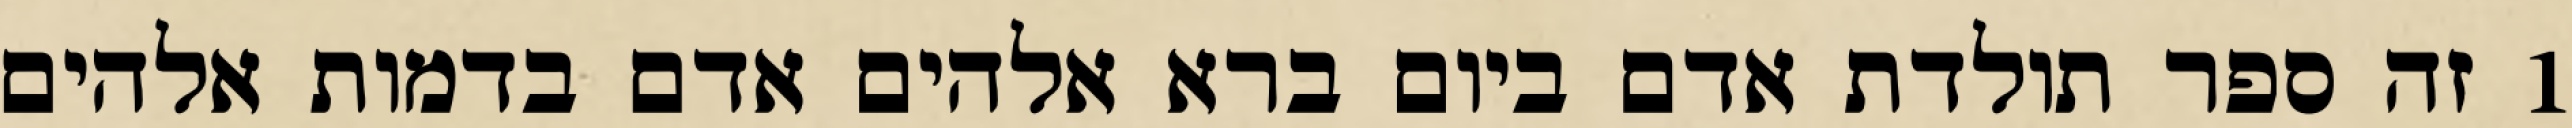
1 זה ספר תולדת אדם ביום ברא אלהים אדם בדמות אלהים